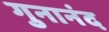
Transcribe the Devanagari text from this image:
गुनानंद